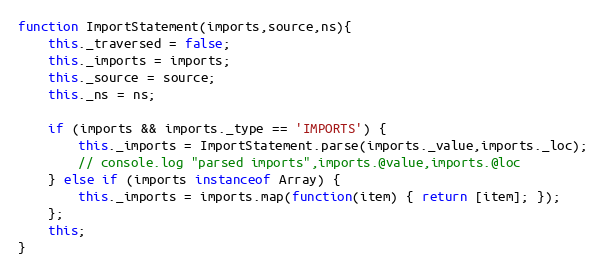
Language: JavaScript
function ImportStatement(imports,source,ns){
	this._traversed = false;
	this._imports = imports;
	this._source = source;
	this._ns = ns;

	if (imports && imports._type == 'IMPORTS') {
		this._imports = ImportStatement.parse(imports._value,imports._loc);
		// console.log "parsed imports",imports.@value,imports.@loc
	} else if (imports instanceof Array) {
		this._imports = imports.map(function(item) { return [item]; });
	};
	this;
}